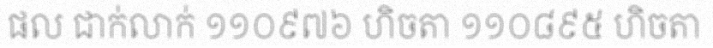
ផល ជាក់លាក់ ១១០៩៧៦ ហិចតា ១១០៨៩៥ ហិចតា